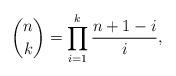
LaTeX: \begin{align*}{n \choose k} = \prod_{i=1}^{k} \frac{n+1-i}{i},\end{align*}